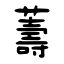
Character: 薵